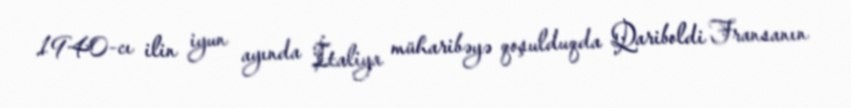
1940-cı ilin iyun ayında İtaliya müharibəyə qoşulduqda Qariboldi Fransanın